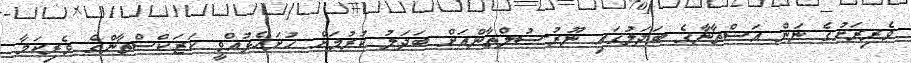
ވެރިރަށުގެ ނަން އަސްތާނާގެ ބަދަލުގައި ނޫރު-ސުލްތާންއަށް ބަދަލު ކުރުމަށް ހުށަހެޅުއްވީ ކަޒަކްސްތާންގެ ވެރިކަމާ